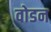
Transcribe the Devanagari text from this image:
वोडन